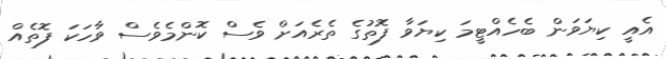
އެއީ ކިޔަވަން ބެހެއްޓީމަ ކިޔަވާ ފޮތުގެ ތެރެއަށް ވެސް ކޮންމެވެސް ވާހަކަ ފޮތެއް